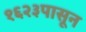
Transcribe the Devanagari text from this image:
१६२३पासून